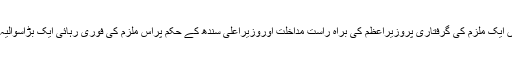
کراچی میں ایک ملزم کی گرفتاری پروزیراعظم کی براہ راست مداخلت اوروزیراعلیٰ سندھ کے حکم پراس ملزم کی فوری رہائی ایک بڑاسوالیہ نشان ہے۔